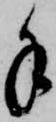
手